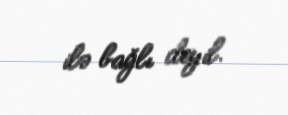
ilə bağlı deyil.